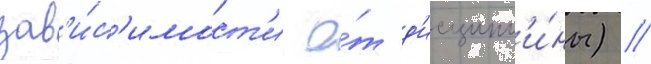
зав'и́с'имост'и о́т д'исципл'и́ны) //